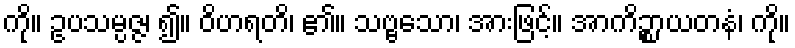
ကို။ ဥပသမ္ပဇ္ဇ၊ ၍။ ဝိဟရတိ၊ ၏။ သဗ္ဗသော၊ အားဖြင့်။ အာကိဉ္စာယတနံ၊ ကို။